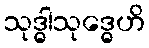
သုဒ္ဓါသုဒ္ဓေဟိ